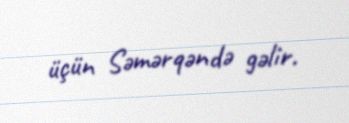
üçün Səmərqəndə gəlir.